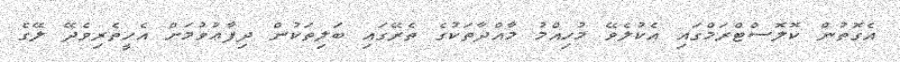
އެގޮތުން ކޮލޮސްޓްރަމްގައި އެކުލެވޭ މުހިއްމު މާއްދާތަކުގެ ތެރޭގައި ބަލިތަކުން ދިފާޢުވުމަށް އެހީތެރިވެދޭ ލޭގެ